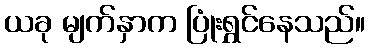
ယခု မျက်နှာက ပြုံးရွှင်နေသည်။